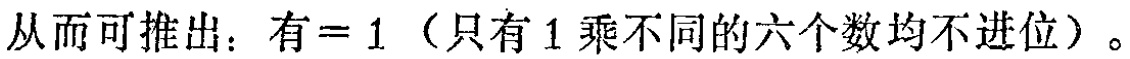
从而可推出：有=1（只有1乘不同的六个数均不进位）。